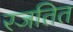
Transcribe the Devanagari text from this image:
रजतित